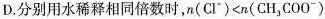
D.分别用水稀释相同倍数时，$$n ( C l ^ { - } ) < n ( C H _ { 3 } C O O ^ { - } )$$